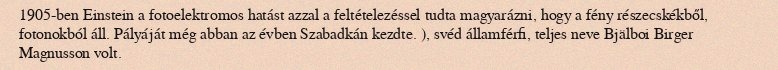
1905-ben Einstein a fotoelektromos hatást azzal a feltételezéssel tudta magyarázni, hogy a fény részecskékből, fotonokból áll. Pályáját még abban az évben Szabadkán kezdte. ), svéd államférfi, teljes neve Bjälboi Birger Magnusson volt.